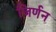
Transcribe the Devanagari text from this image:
जिर्णन